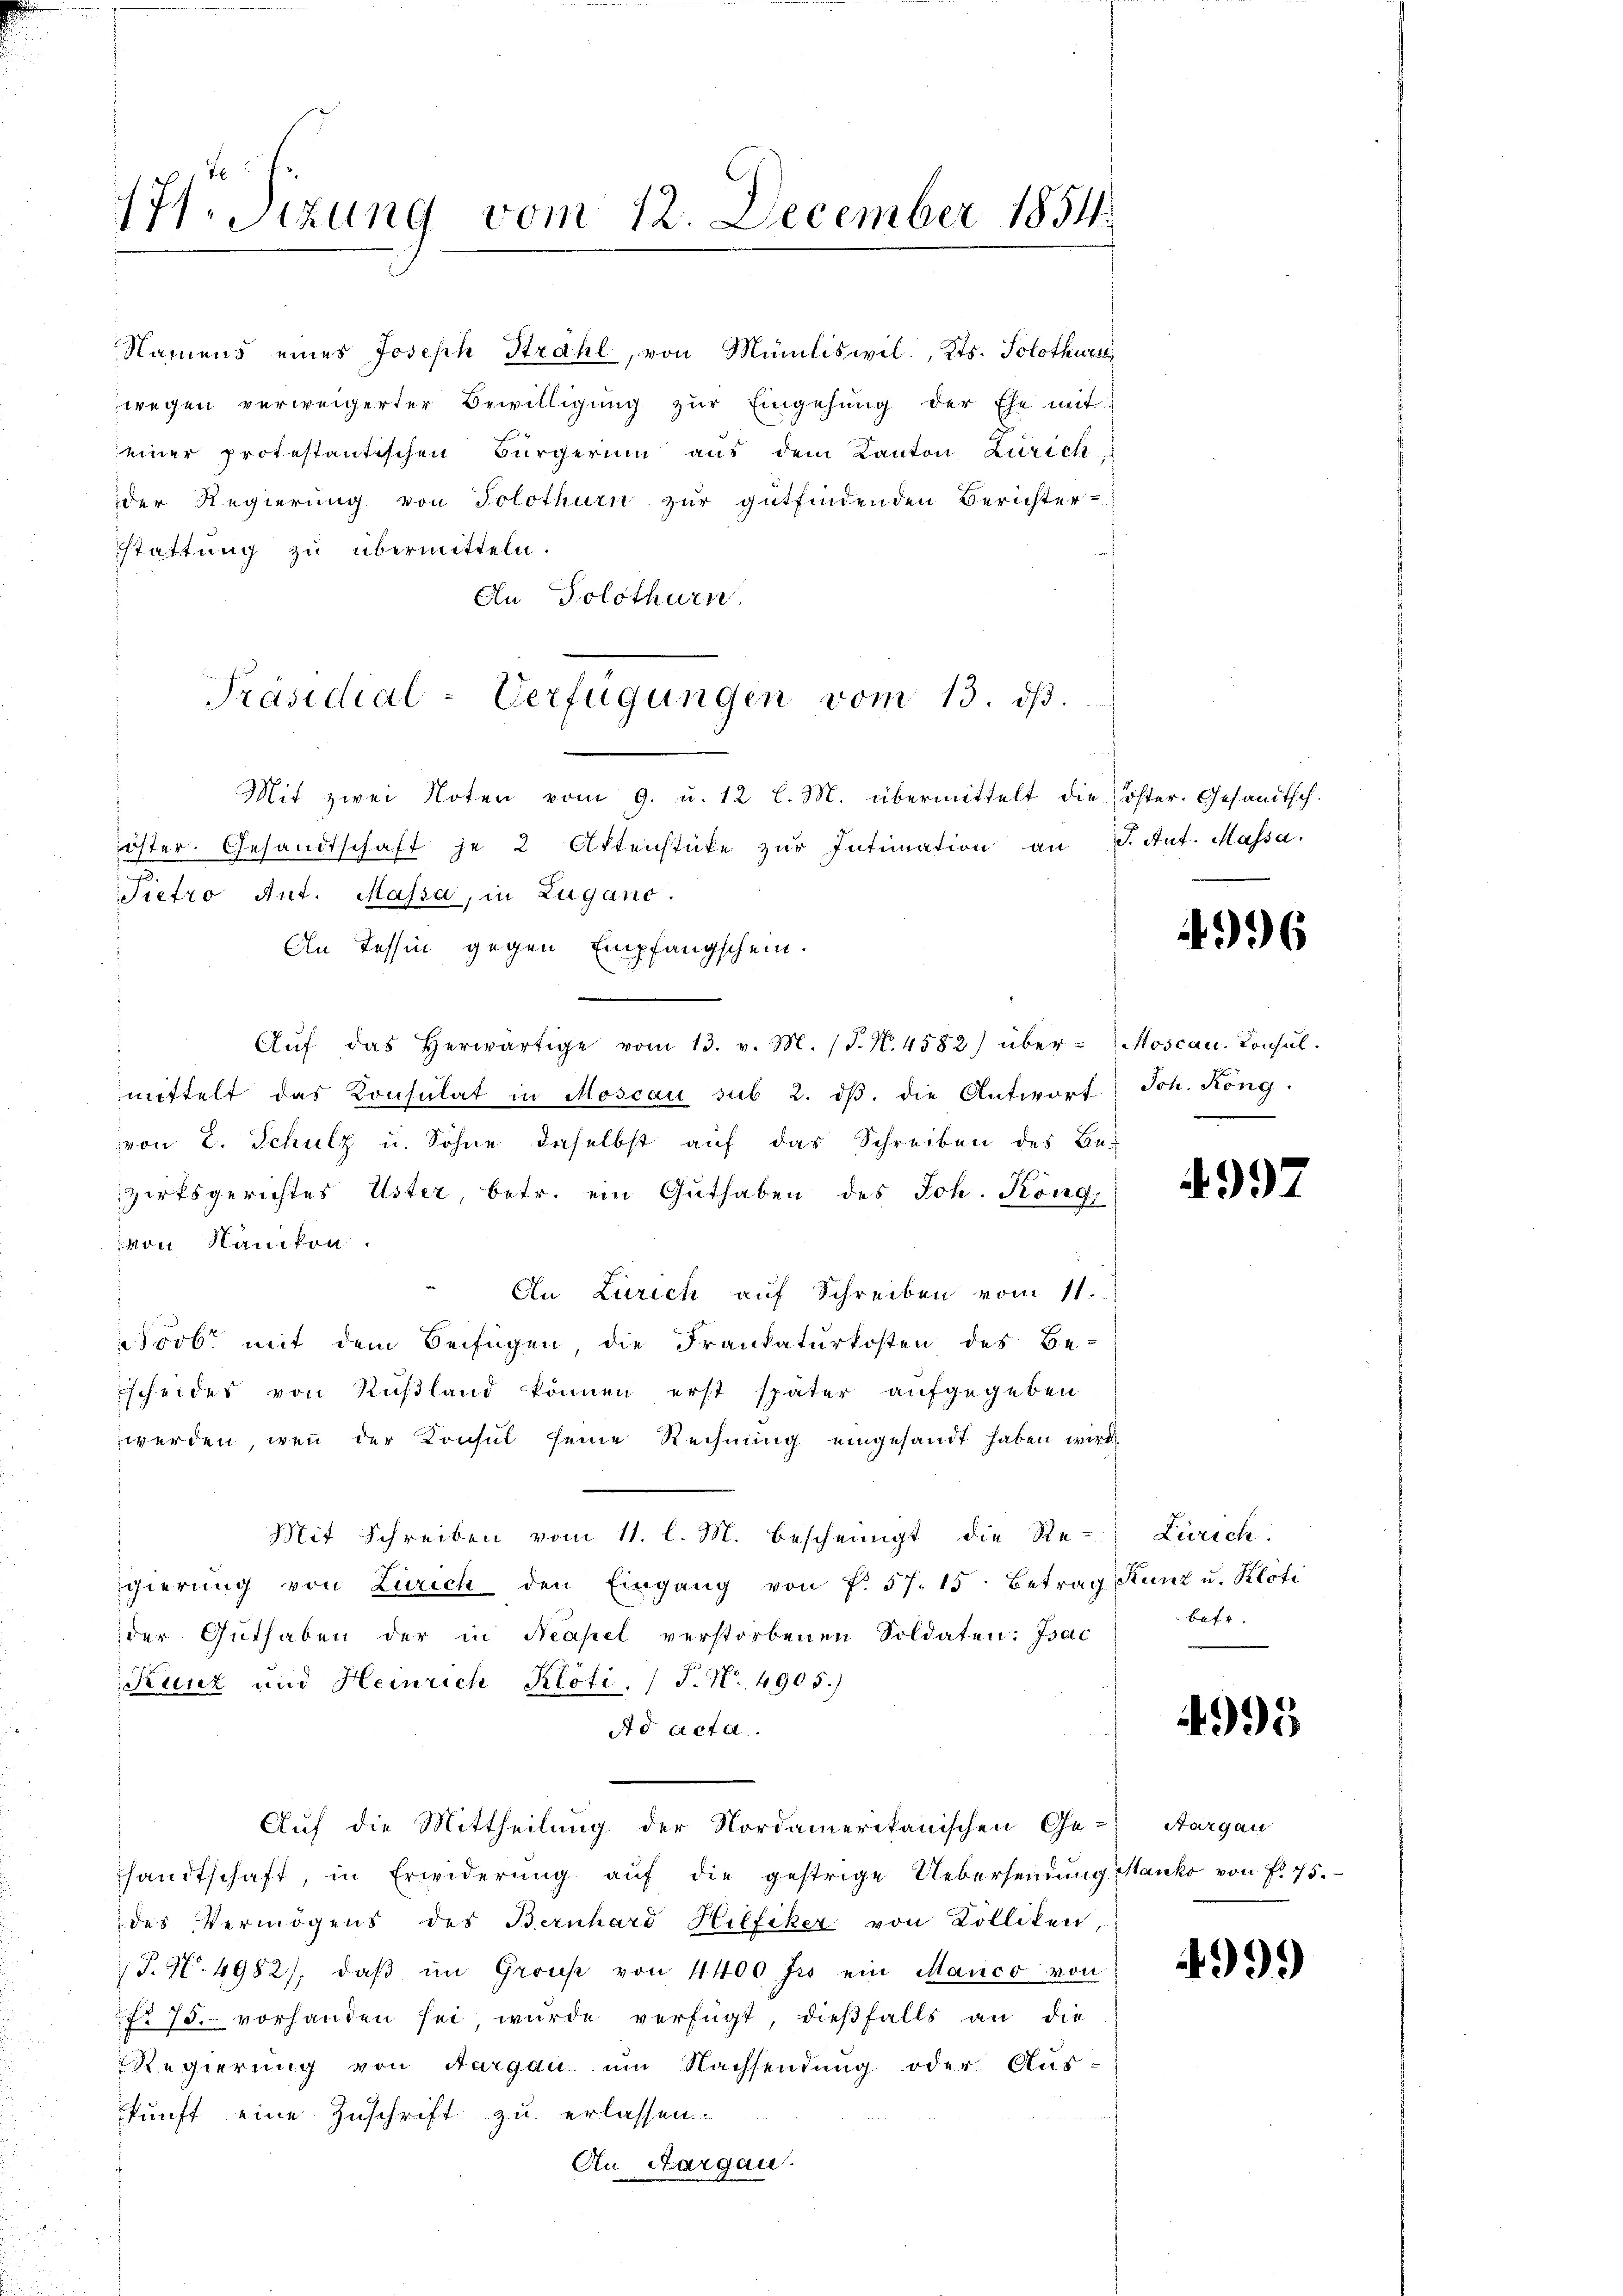
u

7Sizung vom 12. December 1854.

Mit zwei Noten vom 9. u. 12 l. M. übermittelt die öster. Gesandtsch-
öster Gesandtschaft je 2 Aktenstücke zŭr Intimation an J. Ant. Massa
Pietro Ant. Massa, in Zugano.
An Tessin gegen Empfangschein.
Aŭf das herwärtige vom 13. v. M. (T. N. 4582) über-Moscan. Consul-
mittelt das Konsulat in Moscau sub 2. dβ. die Antwort Joh. Köng.
von E. Schulz u. Sohne daselbst auf das Schreiben des Be-
zirksgerichtes Uster, betr. ein Guthaben des Joh. Köng,
von Nänikon.
An Zürich auf Schreiben vom 11.
006 mit dem Beifügen, die Frankaturkosten des Be-
scheides von Rußland können erst später aufgegeben
werden, wenn der Konsul seine Rechnung eingesandt haben wird
Mit Schreiben vom 11. l. M. bescheinigt die Re-
gierŭng von Zürich den Eingang von f. 57. 15 Betrag Kunz u. Klöti
der Guthaben der in Neapel verstorbenen Soldaten: Isac
Kunz und Heinrich Klöti. / F. N. 490.5.)
Ad acta.
Auf die Mittheilung der Nordamerikanischen Ge- Aargau
sandtschaft, in Erwiderung auf die gestrige Uebersendung Manko von f. 75.
des Vermögens des Bernhard Hilfiker von Kolliken
T. N. 4982), daβ im Gross von 4400 frs ein Manco von
2fr. 75. vorhanden sei wurde verfügt, dieβfalls an die
Regierung von Aargau um Nachsendung oder Aus-
kunft eine Zuschrift zu erlassen.
An Aargau.

Namens eines Joseph Strahl, von Muniliswil, Kts. Solothurn
wegen verweigerter Bewilligŭng zŭr Eingesung der Ehe mit
einer protestantischen Bürgerin aus dem Kanton Zürich
der Regierung von Solothurn zur gutfindenden Berichter-
stattung zu übermitteln.
An Solothurn.
Präsidial-Verfügungen vom 13. dβ.

996

4997

Zürich.
bafr.

495

4999